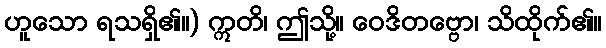
ဟူသော ရသရှိ၏။) ဣတိ၊ ဤသို့။ ဝေဒိတဗ္ဗော၊ သိထိုက်၏။